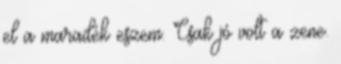
el a maradék eszem. Csak jó volt a zene.